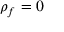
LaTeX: \rho _ { f } = 0